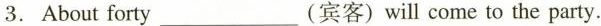
3. About forty___ (宾客) will come to the party.